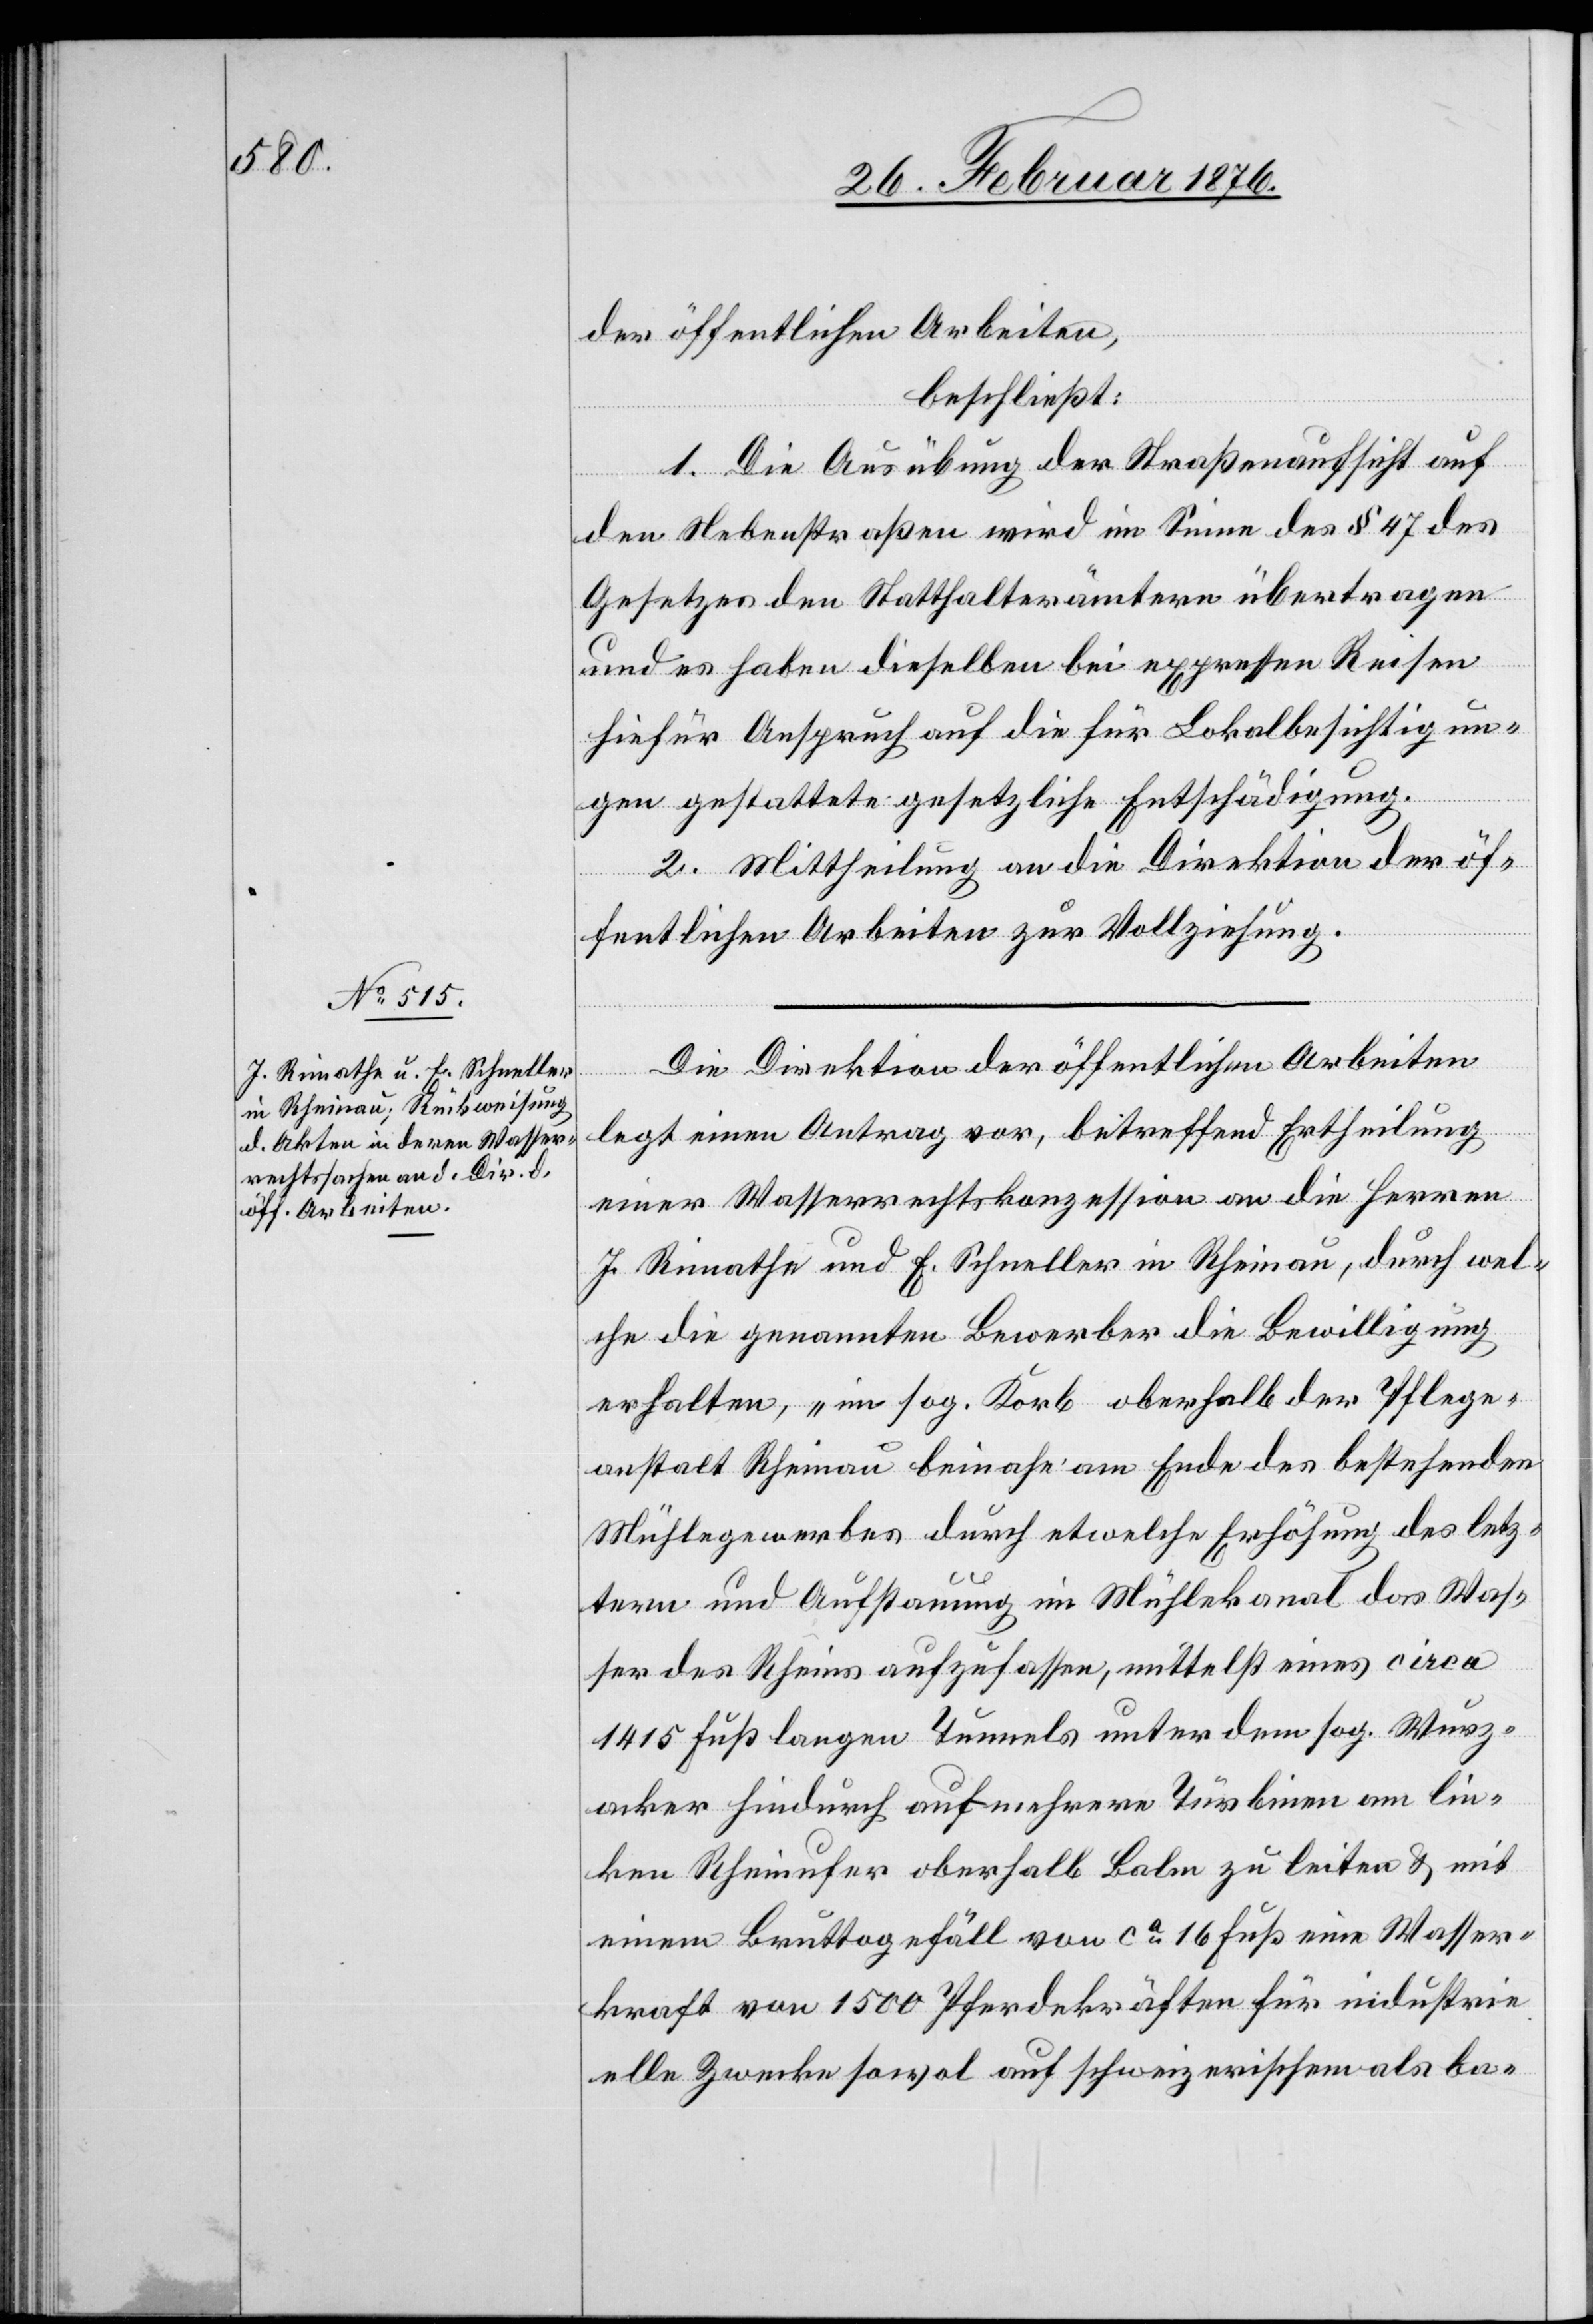
der öffentlichen Arbeiten,
beschließt:
1. Die Ausübung der Straßenaufsicht auf
den Nebenstraßen wird im Sinne des § 47 des
Gesetzes den Statthalterämtern übertragen
lle
und es haben dieselben bei expressen Reisen
hiefür Anspruch auf die für Lokalbesichtigun¬
gen gestattete gesetzliche Entschädigung.
2. Mittheilung an die Direktion der öf¬
fentlichen Arbeiten zur Vollziehung.
Die Direktion der öffentlichen Arbeiten
legt einen Antrag vor, betreffend Ertheilung
einer Wasserrechtskonzession an die Herren
J. Rimathe und E. Schneller in Rheinau, durch wel¬
che die genannten Bewerber die Bewilligung
erhalten, „im sog. Korb oberhalb der Pflege¬
anstalt Rheinau beinahe am Ende des bestehenden
Mühlegewerbes durch etwelche Erhöhung des letz¬
tern und Aufstauung im Mühlekanal das Was¬
ser des Rheins aufzulassen, mittelst eines circa
1415 Fuß langen Tunnels unter dem sog. Wurz¬
acker hindurch auf mehrere Turbinen am lin¬
ken Rheinufer oberhalb Balm zu leiten & mit
einem Bruttogefäll von ca 16 Fuß eine Wasser¬
kraft von 1500 Pferdekräften für industriee¬
[sic!] Zwecke sowol auf schweizerischem als ba-